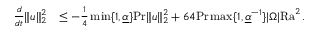
\begin{array} { r l } { \frac { d } { d t } \| u \| _ { 2 } ^ { 2 } } & { \leq - \frac { 1 } { 4 } \operatorname* { m i n } \lbrace 1 , \underline { { \alpha } } \rbrace \mathrm { P r } \| u \| _ { 2 } ^ { 2 } + 6 4 \mathrm { P r } \operatorname* { m a x } \lbrace 1 , \underline { { \alpha } } ^ { - 1 } \rbrace | \Omega | \mathrm { { R a } } ^ { 2 } \, . } \end{array}